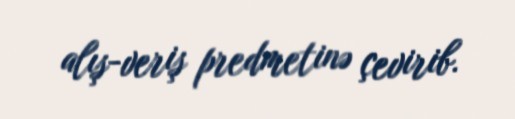
alış-veriş predmetinə çevirib.